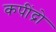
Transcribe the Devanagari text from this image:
कपींद्रो